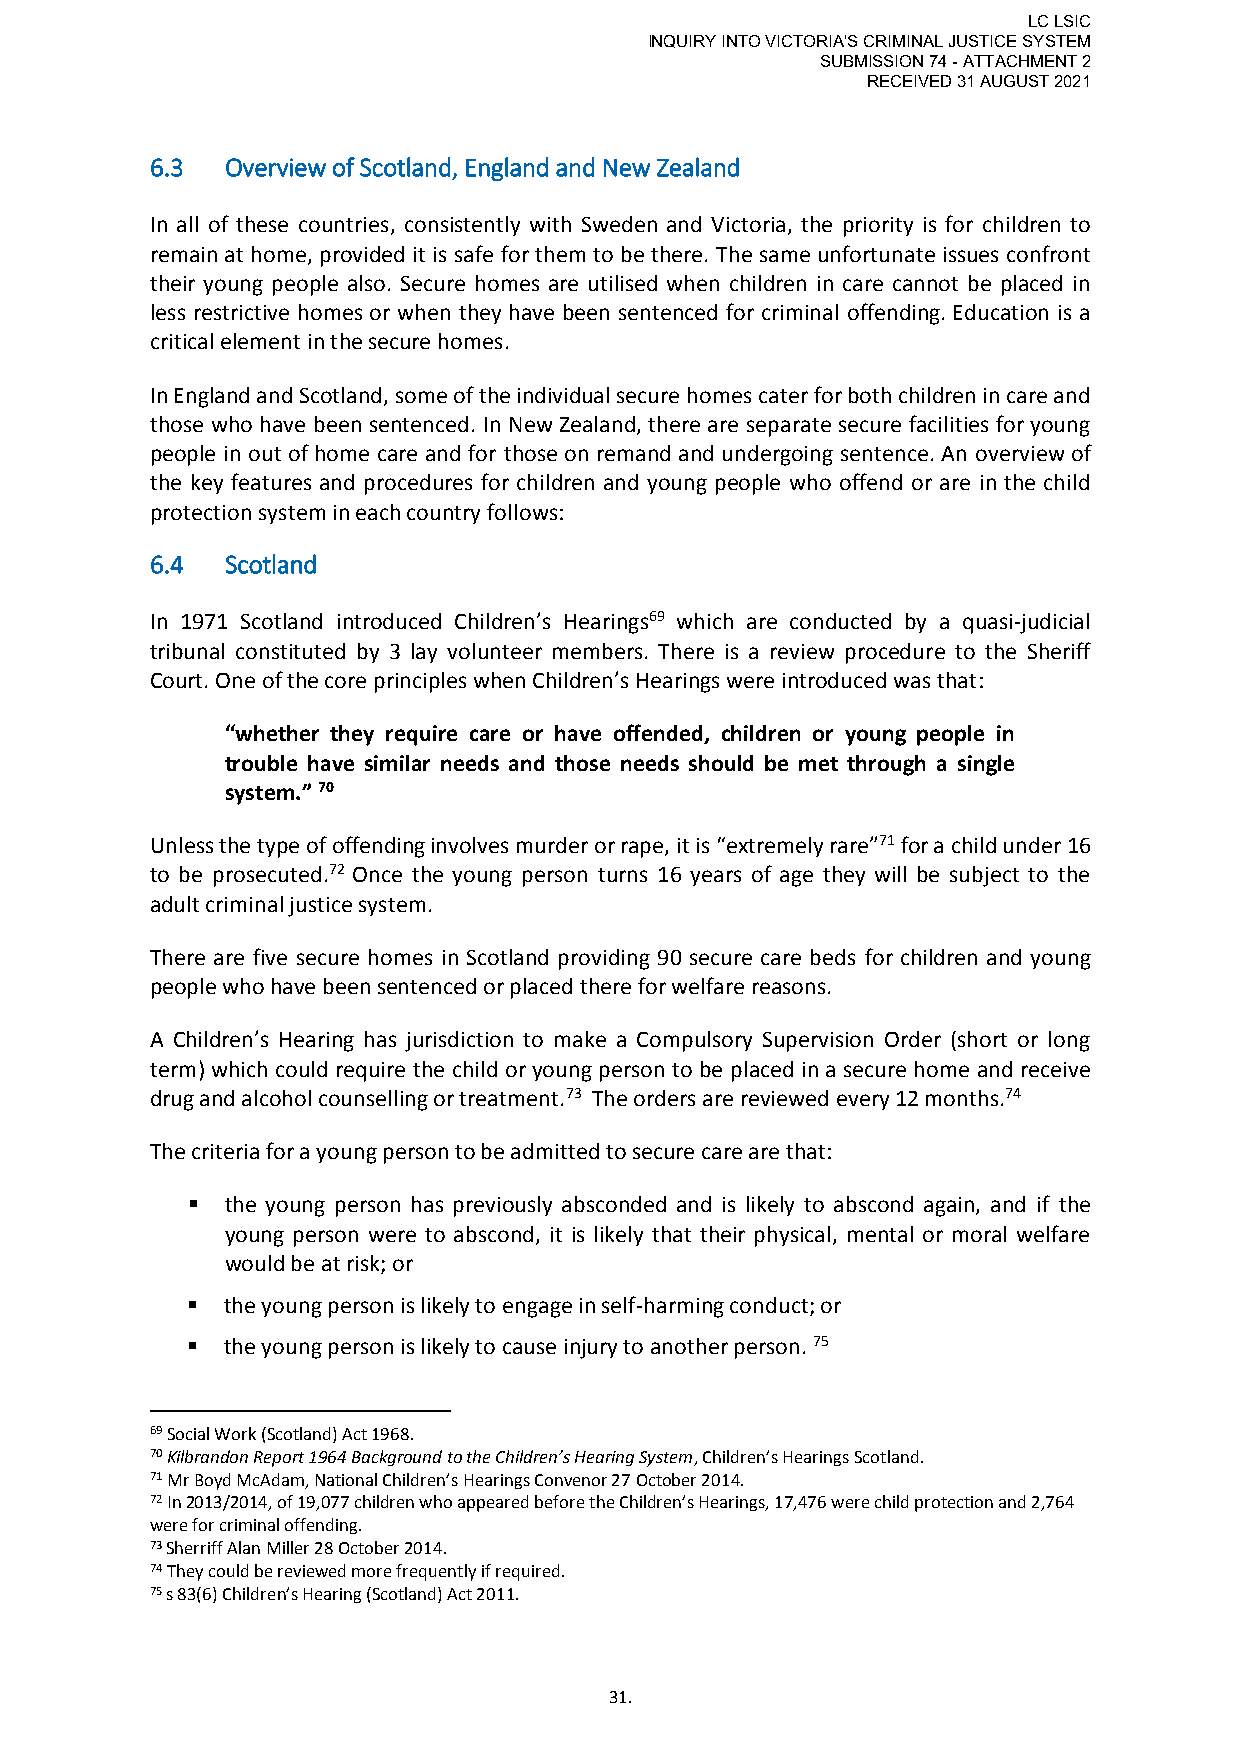
LC LSIC
 INQUIRY INTO VICTORIA'S CRIMINAL JUSTICE SYSTEM
 SUBMISSION 74 - ATTACHMENT 2
 RECEIVED 31 AUGUST 2021
 6.3  Overview of Scotland, England and New Zealand
 In all of these countries, consistently with Sweden and Victoria, the priority is for children to
 remain at home, provided it is safe for them to be there. The same unfortunate issues confront
 their young people also. Secure homes are utilised when children in care cannot be placed in
 less restrictive homes or when they have been sentenced for criminal offending. Education is a
 critical element in the secure homes.
 In England and Scotland, some of the individual secure homes cater for both children in care and
 those who have been sentenced. In New Zealand, there are separate secure facilities for young
 people in out of home care and for those on remand and undergoing sentence. An overview of
 the key features and procedures for children and young people who offend or are in the child
 protection system in each country follows:
 6.4  Scotland
 In 1971 Scotland introduced Children’s Hearings69 which are conducted by a quasi-judicial
 tribunal constituted by 3 lay volunteer members. There is a review procedure to the Sheriff
 Court. One of the core principles when Children’s Hearings were introduced was that:
 “whether they require care or have offended, children or young people in
 trouble have similar needs and those needs should be met through a single
 system.” 70
 Unless the type of offending involves murder or rape, it is “extremely rare”71 for a child under 16
 to be prosecuted.72 Once the young person turns 16 years of age they will be subject to the
 adult criminal justice system.
 There are five secure homes in Scotland providing 90 secure care beds for children and young
 people who have been sentenced or placed there for welfare reasons.
 A Children’s Hearing has jurisdiction to make a Compulsory Supervision Order (short or long
 term) which could require the child or young person to be placed in a secure home and receive
 drug and alcohol counselling or treatment.73 The orders are reviewed every 12 months.74
 The criteria for a young person to be admitted to secure care are that:
   the young person has previously absconded and is likely to abscond again, and if the
 young person were to abscond, it is likely that their physical, mental or moral welfare
 would be at risk; or
   the young person is likely to engage in self-harming conduct; or
   the young person is likely to cause injury to another person. 75
 69 Social Work (Scotland) Act 1968.
 70 Kilbrandon Report 1964 Background to the Children’s Hearing System, Children’s Hearings Scotland.
 71 Mr Boyd McAdam, National Children’s Hearings Convenor 27 October 2014.
 72 In 2013/2014, of 19,077 children who appeared before the Children’s Hearings, 17,476 were child protection and 2,764
 were for criminal offending.
 73 Sherriff Alan Miller 28 October 2014.
 74 They could be reviewed more frequently if required.
 75 s 83(6) Children’s Hearing (Scotland) Act 2011.
 31.